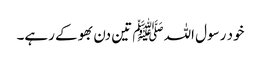
خود رسول اللہﷺ تین دن بھوکے رہے۔